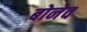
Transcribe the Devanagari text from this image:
बोनेव